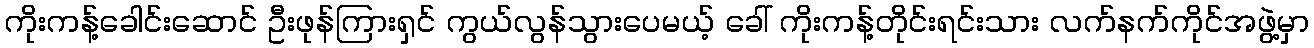
ကိုးကန့်ခေါင်းဆောင် ဦးဖုန်ကြားရှင် ကွယ်လွန်သွားပေမယ့် ခေါ် ကိုးကန့်တိုင်းရင်းသား လက်နက်ကိုင်အဖွဲ့မှာ